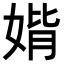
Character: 𡞂